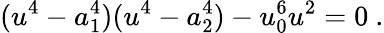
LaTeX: (u^{4}-a_{1}^{4})(u^{4}-a_{2}^{4})-u_{0}^{6}u^{2}=0~.